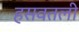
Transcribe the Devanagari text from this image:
हसवतली